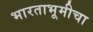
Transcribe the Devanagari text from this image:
भारताभूमीचा